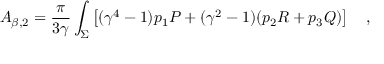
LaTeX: A _ { \beta , 2 } = { \frac { \pi } { 3 \gamma } } \int _ { \Sigma } \left[ ( \gamma ^ { 4 } - 1 ) p _ { 1 } { \cal P } + ( \gamma ^ { 2 } - 1 ) ( p _ { 2 } R + p _ { 3 } { \cal Q } ) \right] ~ ~ ~ ,